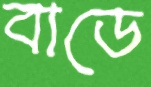
বাডে